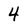
Character: 4